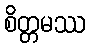
စိတ္တမဿ